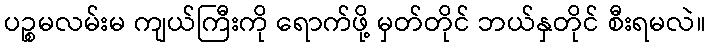
ပဉ္စမလမ်းမ ကျယ်ကြီးကို ရောက်ဖို့ မှတ်တိုင် ဘယ်နှတိုင် စီးရမလဲ။